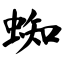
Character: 蜘